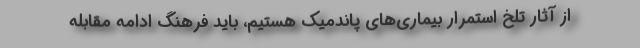
از آثار تلخ استمرار بیماری‌های پاندمیک هستیم، باید فرهنگ ادامه مقابله